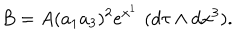
LaTeX: B = A ( a _ { 1 } a _ { 3 } ) ^ { 2 } e ^ { x ^ { 1 } } \, \, ( d \tau \wedge d x ^ { 3 } ) .